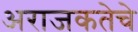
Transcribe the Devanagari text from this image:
अराजकतेचे